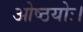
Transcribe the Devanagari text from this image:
ओष्ठयोः।